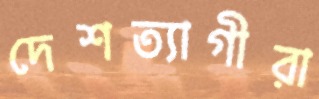
দেশত্যাগীরা